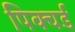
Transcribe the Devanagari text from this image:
पिक्चर्ड